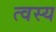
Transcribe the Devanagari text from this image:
त्वस्य